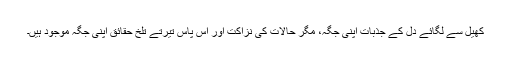
کھیل سے لگائے دل کے جذبات اپنی جگہ، مگر حالات کی نزاکت اور آس پاس تیرتے تلخ حقائق اپنی جگہ موجود ہیں۔